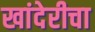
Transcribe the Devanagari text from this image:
खांदेरीचा